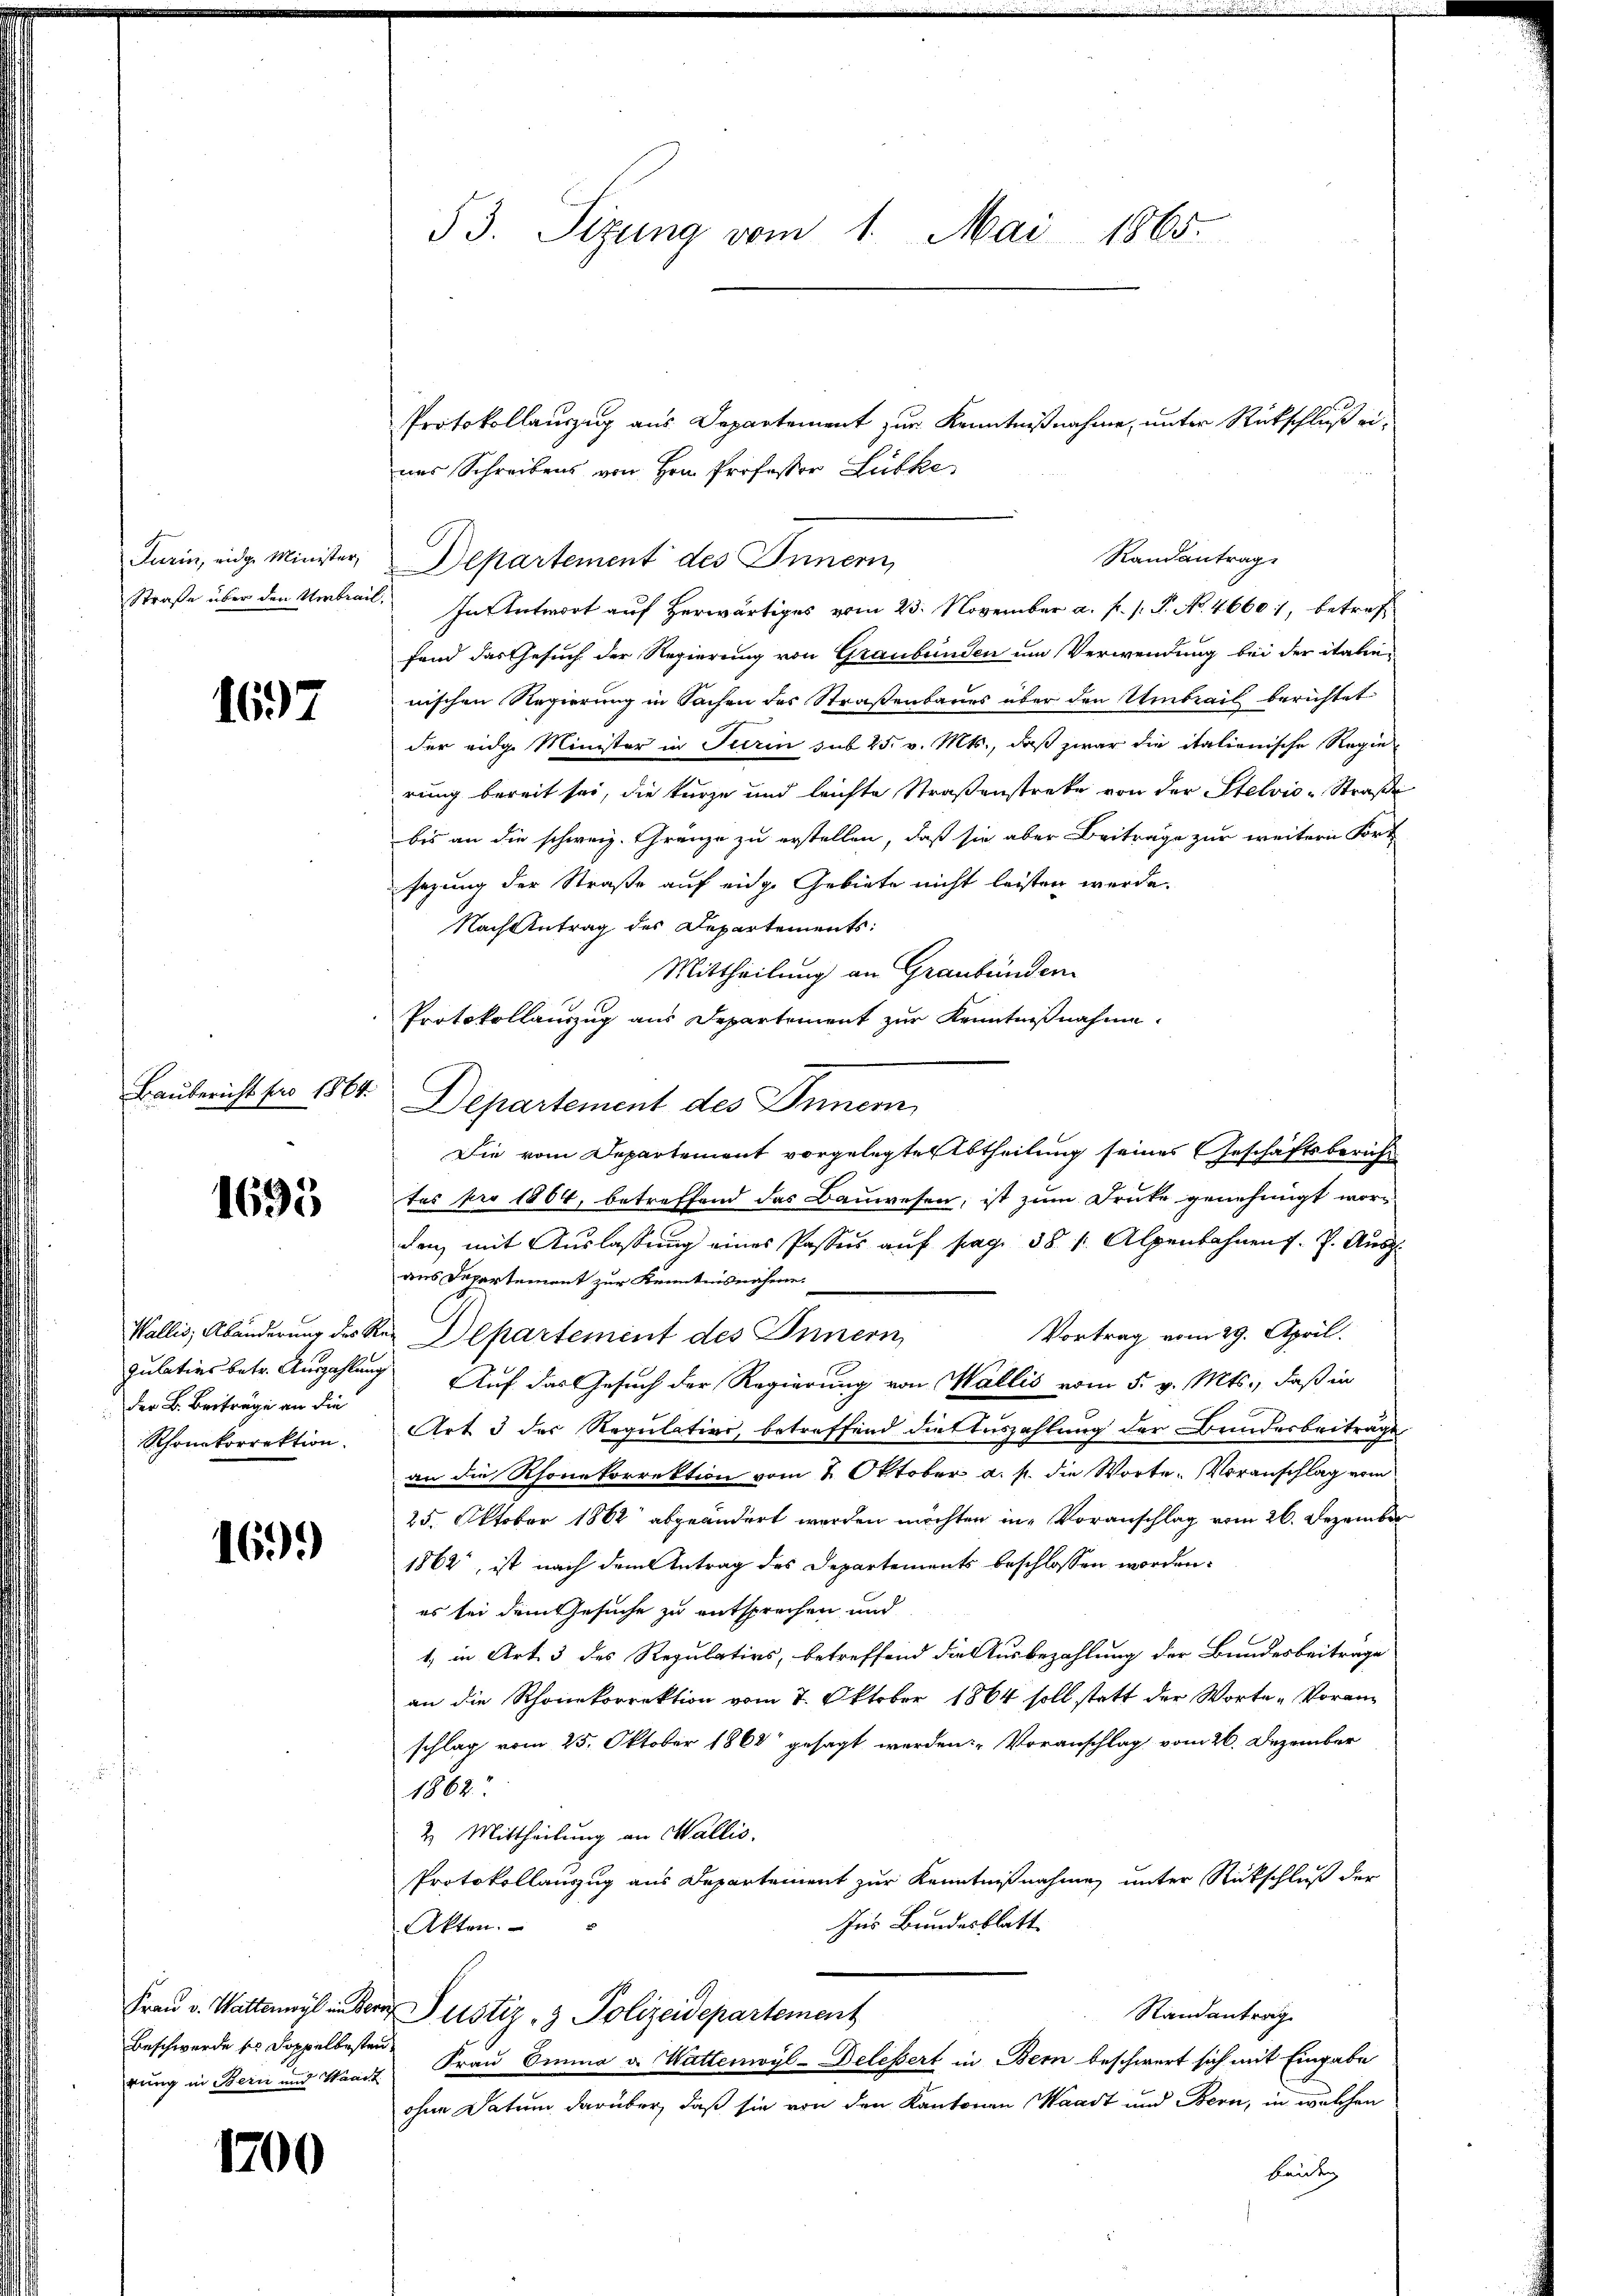
Turin, eidg. Minister,
Straße über den Umbrau

1697

Baubericht pro 1864.

1695

Julativs betr. Auszahlung
der B. Beiträge an die
Rhonkorrektion.

169.

rung in Bern und Waadt

1200

53. Sizung vom 1. Mai 1865.

Protokollauszug aus Departement zur Kenntnißnahme, unter Rückschluß eines Schreibens von Hrn. Professor Lübke
Departement des Innern,
fand das Gesuch der Regierung von Graubünden um Verwendung bei der italienischen Regierung in Sachen des Straßenbaues über den Umbrail berichtet
der eidge Minister in Turin sub 25. v. Mts., daß zwar die italienische Regie-
rung bereit sei, die kurze und leichte Straßenstreke von der Stelvio -Straße
bis an die schweiz. Gränze zu erstellen, daß sie aber Beiträge zur weitern Fort
sezung der Straße auf eidge Gebiete nicht leisten werde.
Nach Antrag des Departements:
Mittheilung an Graubünden
Protokollauszug aus Departement zur Kenntnißnahme.
Departement des Inner
Die vom Departement vorgelegte Abtheilung seines Geschäftsberuht
tes pro 1864, betreffend das Bauwesen, ist zum Druke genehmigt worden, mit Auslassung eines Passus auf pag. 38 s. Alpenbahnen J. P. Ausg.
aus Departement zur Kenntnisnahme.
Vortrag vom 29. April.
Wallis, Abänderung des Rer Departement des Innern,
Auf das Gesuch der Regierung von Wallis vom 5. v. Mts., daß in
Art 3 des Regulation, betreffend dies Auszahlung der Bundesbeitrage
an die Rhonekorrektion vom 2. Oktober a. p. die Worte. Voranschlag vom
25. Oktober 1862 abgeändert werden möchten in Voranschlag vom 26. Dezember
1862, ist nach dem Antrag des Departements beschlossen worden.
es bei dem Gesuche zu entsprechen und
1, in Art. 3 des Regulativs, betreffend die Ausbezahlung der Bundesbeitrage
an die Rhonekorrektion vom 7. Oktober 1864 soll statt der Worte Voran
schlag vom 25. Oktober 1868 gesagt werden. Voranschlag vom 26. Dezember
1862
2. Mittheilung an Wallis.
Protokollauszug aus Departement zur Kenntnißnahme unter Rückschluß der
Ins Bundesblatt.
Akten.
Frau v. Wattenwyl in der Justiz- & Polizeidepartement
Randantrag
Beschwerde ses Doppelbesten Frau Emma v. Wattenwyl-Delessert in Bern beschwert sich mit Eingabe
ohne Datum darüber, daß sie von den Kantonen Waadt und Bern, in welchen
beiden

Randantrag
i. In Antwort auf herwärtiges vom 23. November a. f. (: P. No. 46601, betreff